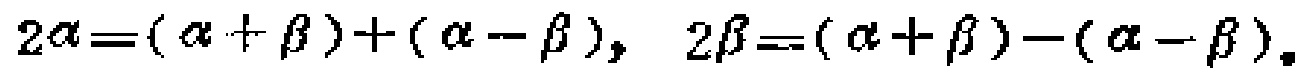
$2\alpha=(\alpha + \beta)+(\alpha - \beta),\ 2\beta=(\alpha + \beta)-(\alpha - \beta).$